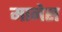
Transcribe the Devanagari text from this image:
मानेस